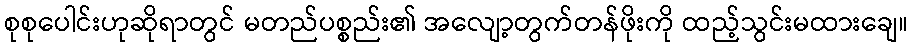
စုစုပေါင်းဟုဆိုရာတွင် မတည်ပစ္စည်း၏ အလျော့တွက်တန်ဖိုးကို ထည့်သွင်းမထားချေ။